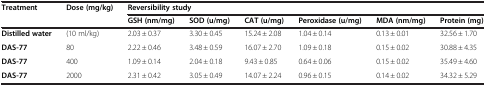
<table><thead><tr><td><b>Treatment</b></td><td><b>Dose (mg/kg)</b></td><td colspan="6"><b>Reversibility study</b></td></tr><tr><td><b> </b></td><td><b> </b></td><td><b>GSH (nm/mg)</b></td><td><b>SOD (u/mg)</b></td><td><b>CAT (u/mg)</b></td><td><b>Peroxidase (u/mg)</b></td><td><b>MDA (nm/mg)</b></td><td><b>Protein (mg)</b></td></tr></thead><tbody><tr><td><b>Distilled water</b></td><td>(10 ml/kg)</td><td>2.03 ± 0.37</td><td>3.30 ± 0.45</td><td>15.24 ± 2.08</td><td>1.04 ± 0.14</td><td>0.13 ± 0.01</td><td>32.56 ± 1.70</td></tr><tr><td><b>DAS-77</b></td><td>80</td><td>2.22 ± 0.46</td><td>3.48 ± 0.59</td><td>16.07 ± 2.70</td><td>1.09 ± 0.18</td><td>0.15 ± 0.02</td><td>30.88 ± 4.35</td></tr><tr><td><b>DAS-77</b></td><td>400</td><td>1.09 ± 0.14</td><td>2.04 ± 0.18</td><td>9.43 ± 0.85</td><td>0.64 ± 0.06</td><td>0.15 ± 0.02</td><td>35.49 ± 4.60</td></tr><tr><td><b>DAS-77</b></td><td>2000</td><td>2.31 ± 0.42</td><td>3.05 ± 0.49</td><td>14.07 ± 2.24</td><td>0.96 ± 0.15</td><td>0.14 ± 0.02</td><td>34.32 ± 5.29</td></tr></tbody></table>